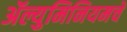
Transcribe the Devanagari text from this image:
ॲल्युमिनियमचे